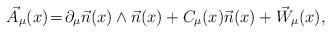
LaTeX: \begin{align*}\vec A_\mu(x)\!=\!\partial_\mu\vec n(x)\wedge\vec n(x)+C_\mu(x)\vec n(x)+\vec W_\mu(x),\end{align*}